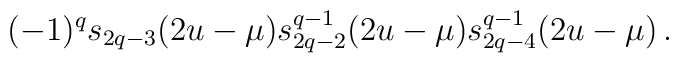
(-1)^q s_{2q-3}(2u-\mu) s_{2q-2}^{q-1}(2u-\mu)s_{2q-4}^{q-1}(2u-\mu)\, .